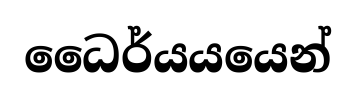
ධෛර්යයයෙන්